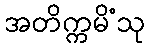
အတိက္ကမိံသု